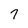
Character: 7